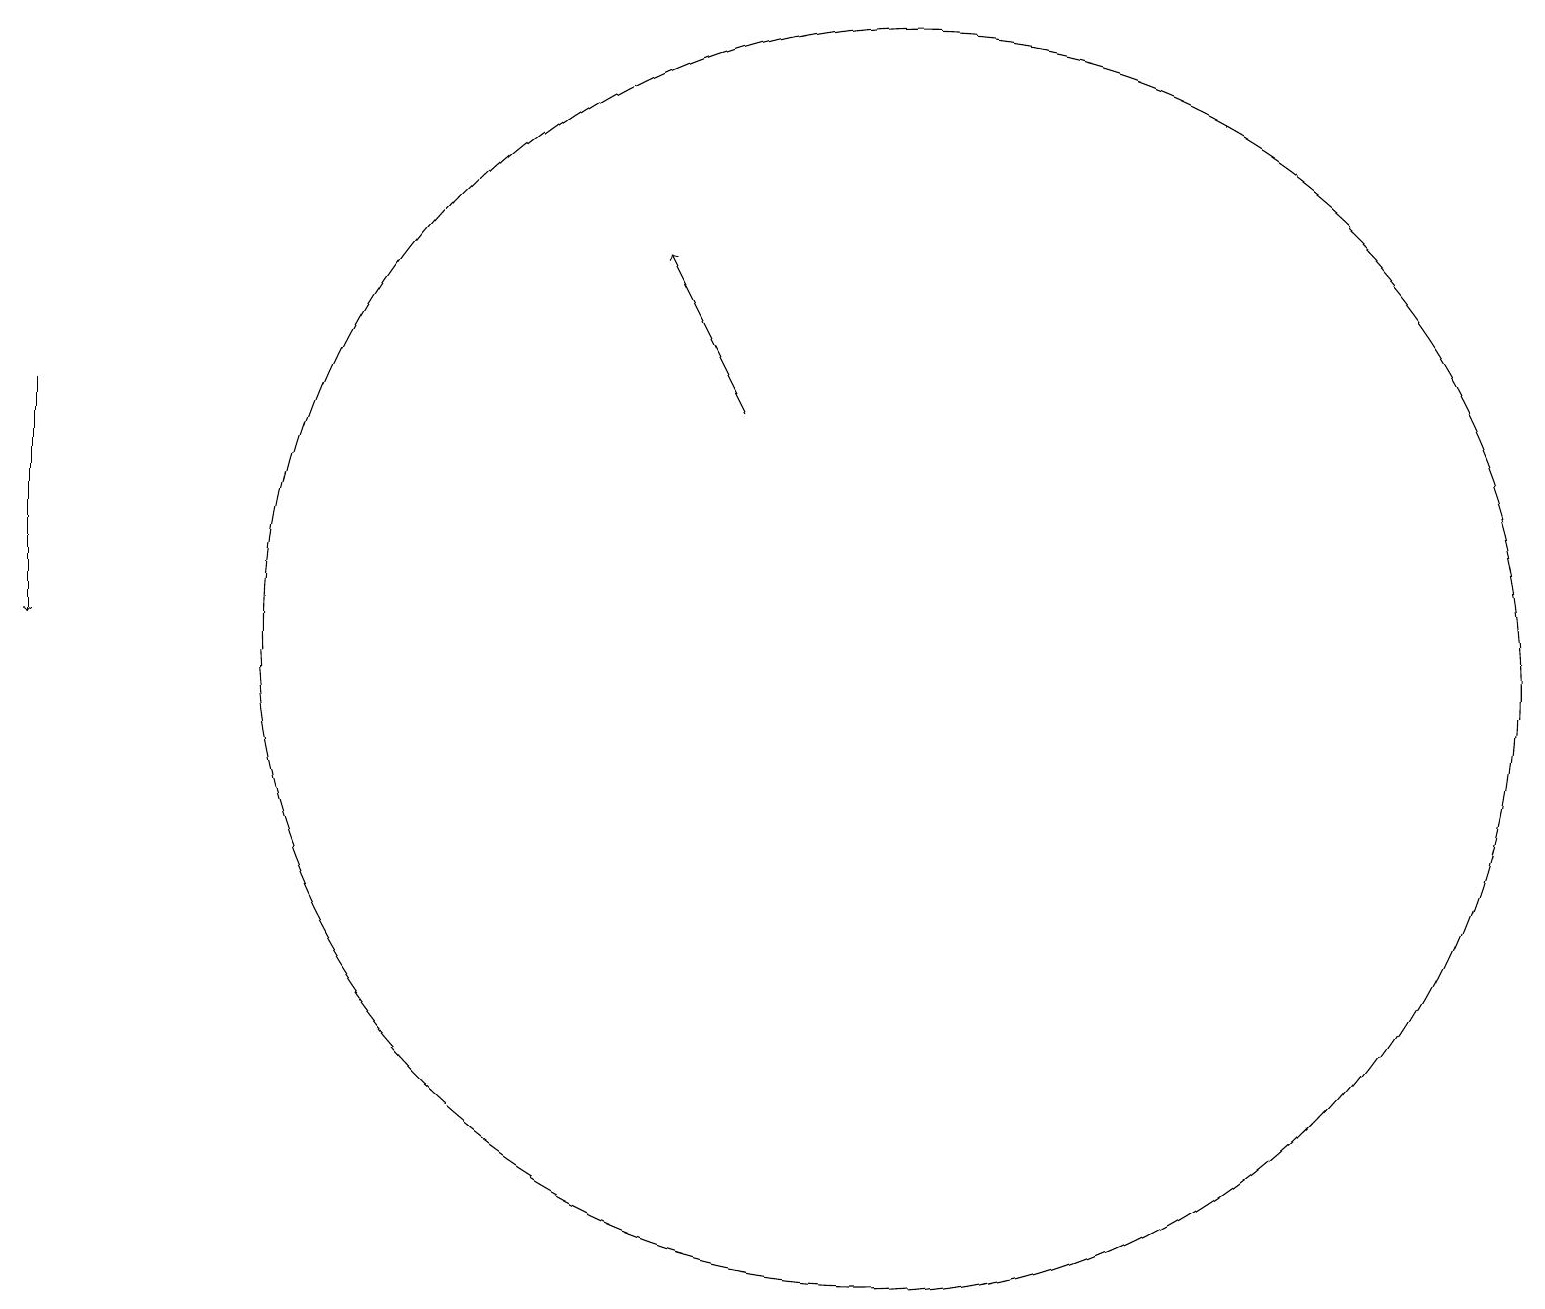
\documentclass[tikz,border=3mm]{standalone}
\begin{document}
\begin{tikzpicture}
\draw (11,11) circle (8);
\draw[->] (0,14) -- (0,11);
\draw[->] (9,14) -- (8,16);
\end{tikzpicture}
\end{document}